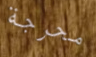
محرجة